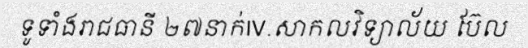
ទូទាំងរាជធានី ២៧នាក់IV.សាកលវិទ្យាល័យ ប៊ែល